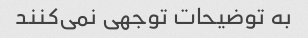
به توضیحات توجهی نمی‌کنند